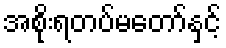
အစိုးရတပ်မတော်နှင့်